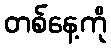
တစ်နေ့ကို